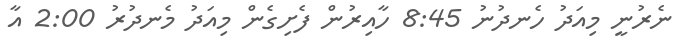
ނެރުނީ މިއަދު ހެނދުނު 8:45 ހާއިރުން ފެށިގެން މިއަދު މެނދުރު 2:00 އާ